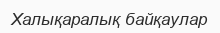
Халықаралық байқаулар